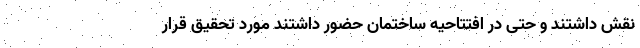
نقش داشتند و حتی در افتتاحیه ساختمان حضور داشتند مورد تحقیق قرار